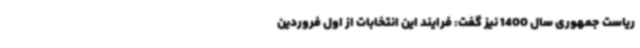
ریاست جمهوری سال 1400 نیز گفت: فرایند این انتخابات از اول فروردین